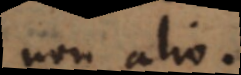
non alio.